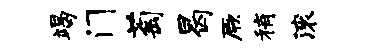
竭门萄曷厥稍滚